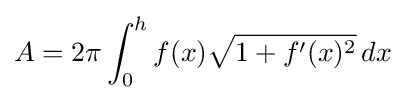
A=2\pi \int _{0}^{h}f(x){\sqrt {1+f'(x)^{2}}}\,dx